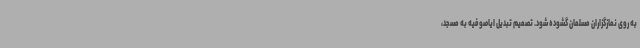
به روی نمازگزاران مسلمان گشوده شود. تصمیم تبدیل ایاصوفیه به مسجد،